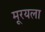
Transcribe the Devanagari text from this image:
मूरयला